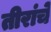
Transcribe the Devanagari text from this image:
तीरांचे